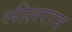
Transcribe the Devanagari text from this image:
लीलराम